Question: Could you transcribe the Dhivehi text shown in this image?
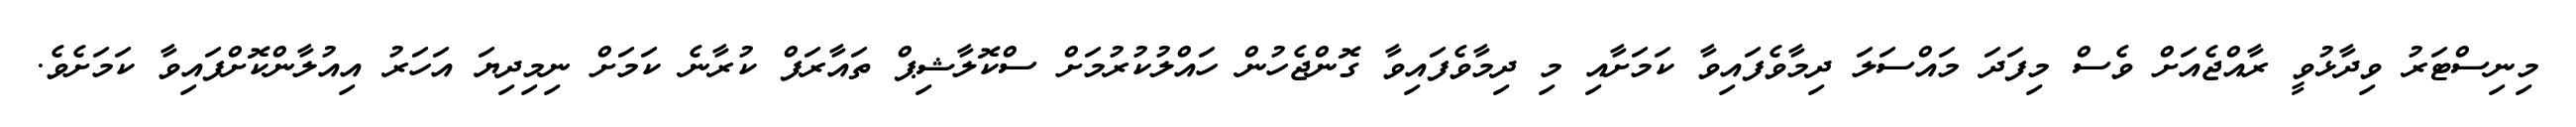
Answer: މިނިސްޓަރު ވިދާޅުވީ ރާއްޖެއަށް ވެސް މިފަދަ މައްސަލަ ދިމާވެފައިވާ ކަމަށާއި މި ދިމާވެފައިވާ ގޮންޖެހުން ހައްލުކުރުމަށް ސްކޮލާޝިޕް ތައާރަފް ކުރާނެ ކަމަށް ނިމިދިޔަ އަހަރު އިއުލާންކޮށްފައިވާ ކަމަށެވެ.